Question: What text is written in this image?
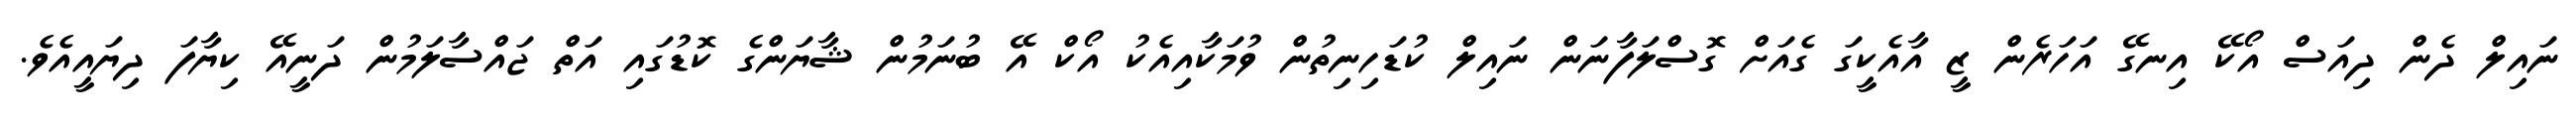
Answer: ނައިލް ދެން ދިއަސް އޯކޭ އިނގޭ އަހަރެން ޒީ އާއެކީގަ ގެއަށް ގޮސްލަފާނަން ނައިލް ކުޑަހިނިތުން ވުމަކާއިއެކު އޯކް އޭ ބުނަމުން ޝާޔަންގެ ކޮޑުގައި އަތް ޖައްސާލަމުން ދަނީއޭ ކިޔާފަ ދިޔައީއެވެ.